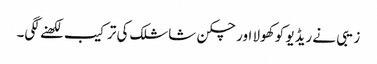
زیبی نے ریڈیو کو کھولا اور چکن شاشلک کی ترکیب لکھنے لگی۔